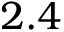
2 . 4